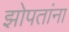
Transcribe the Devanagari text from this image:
झोपतांना